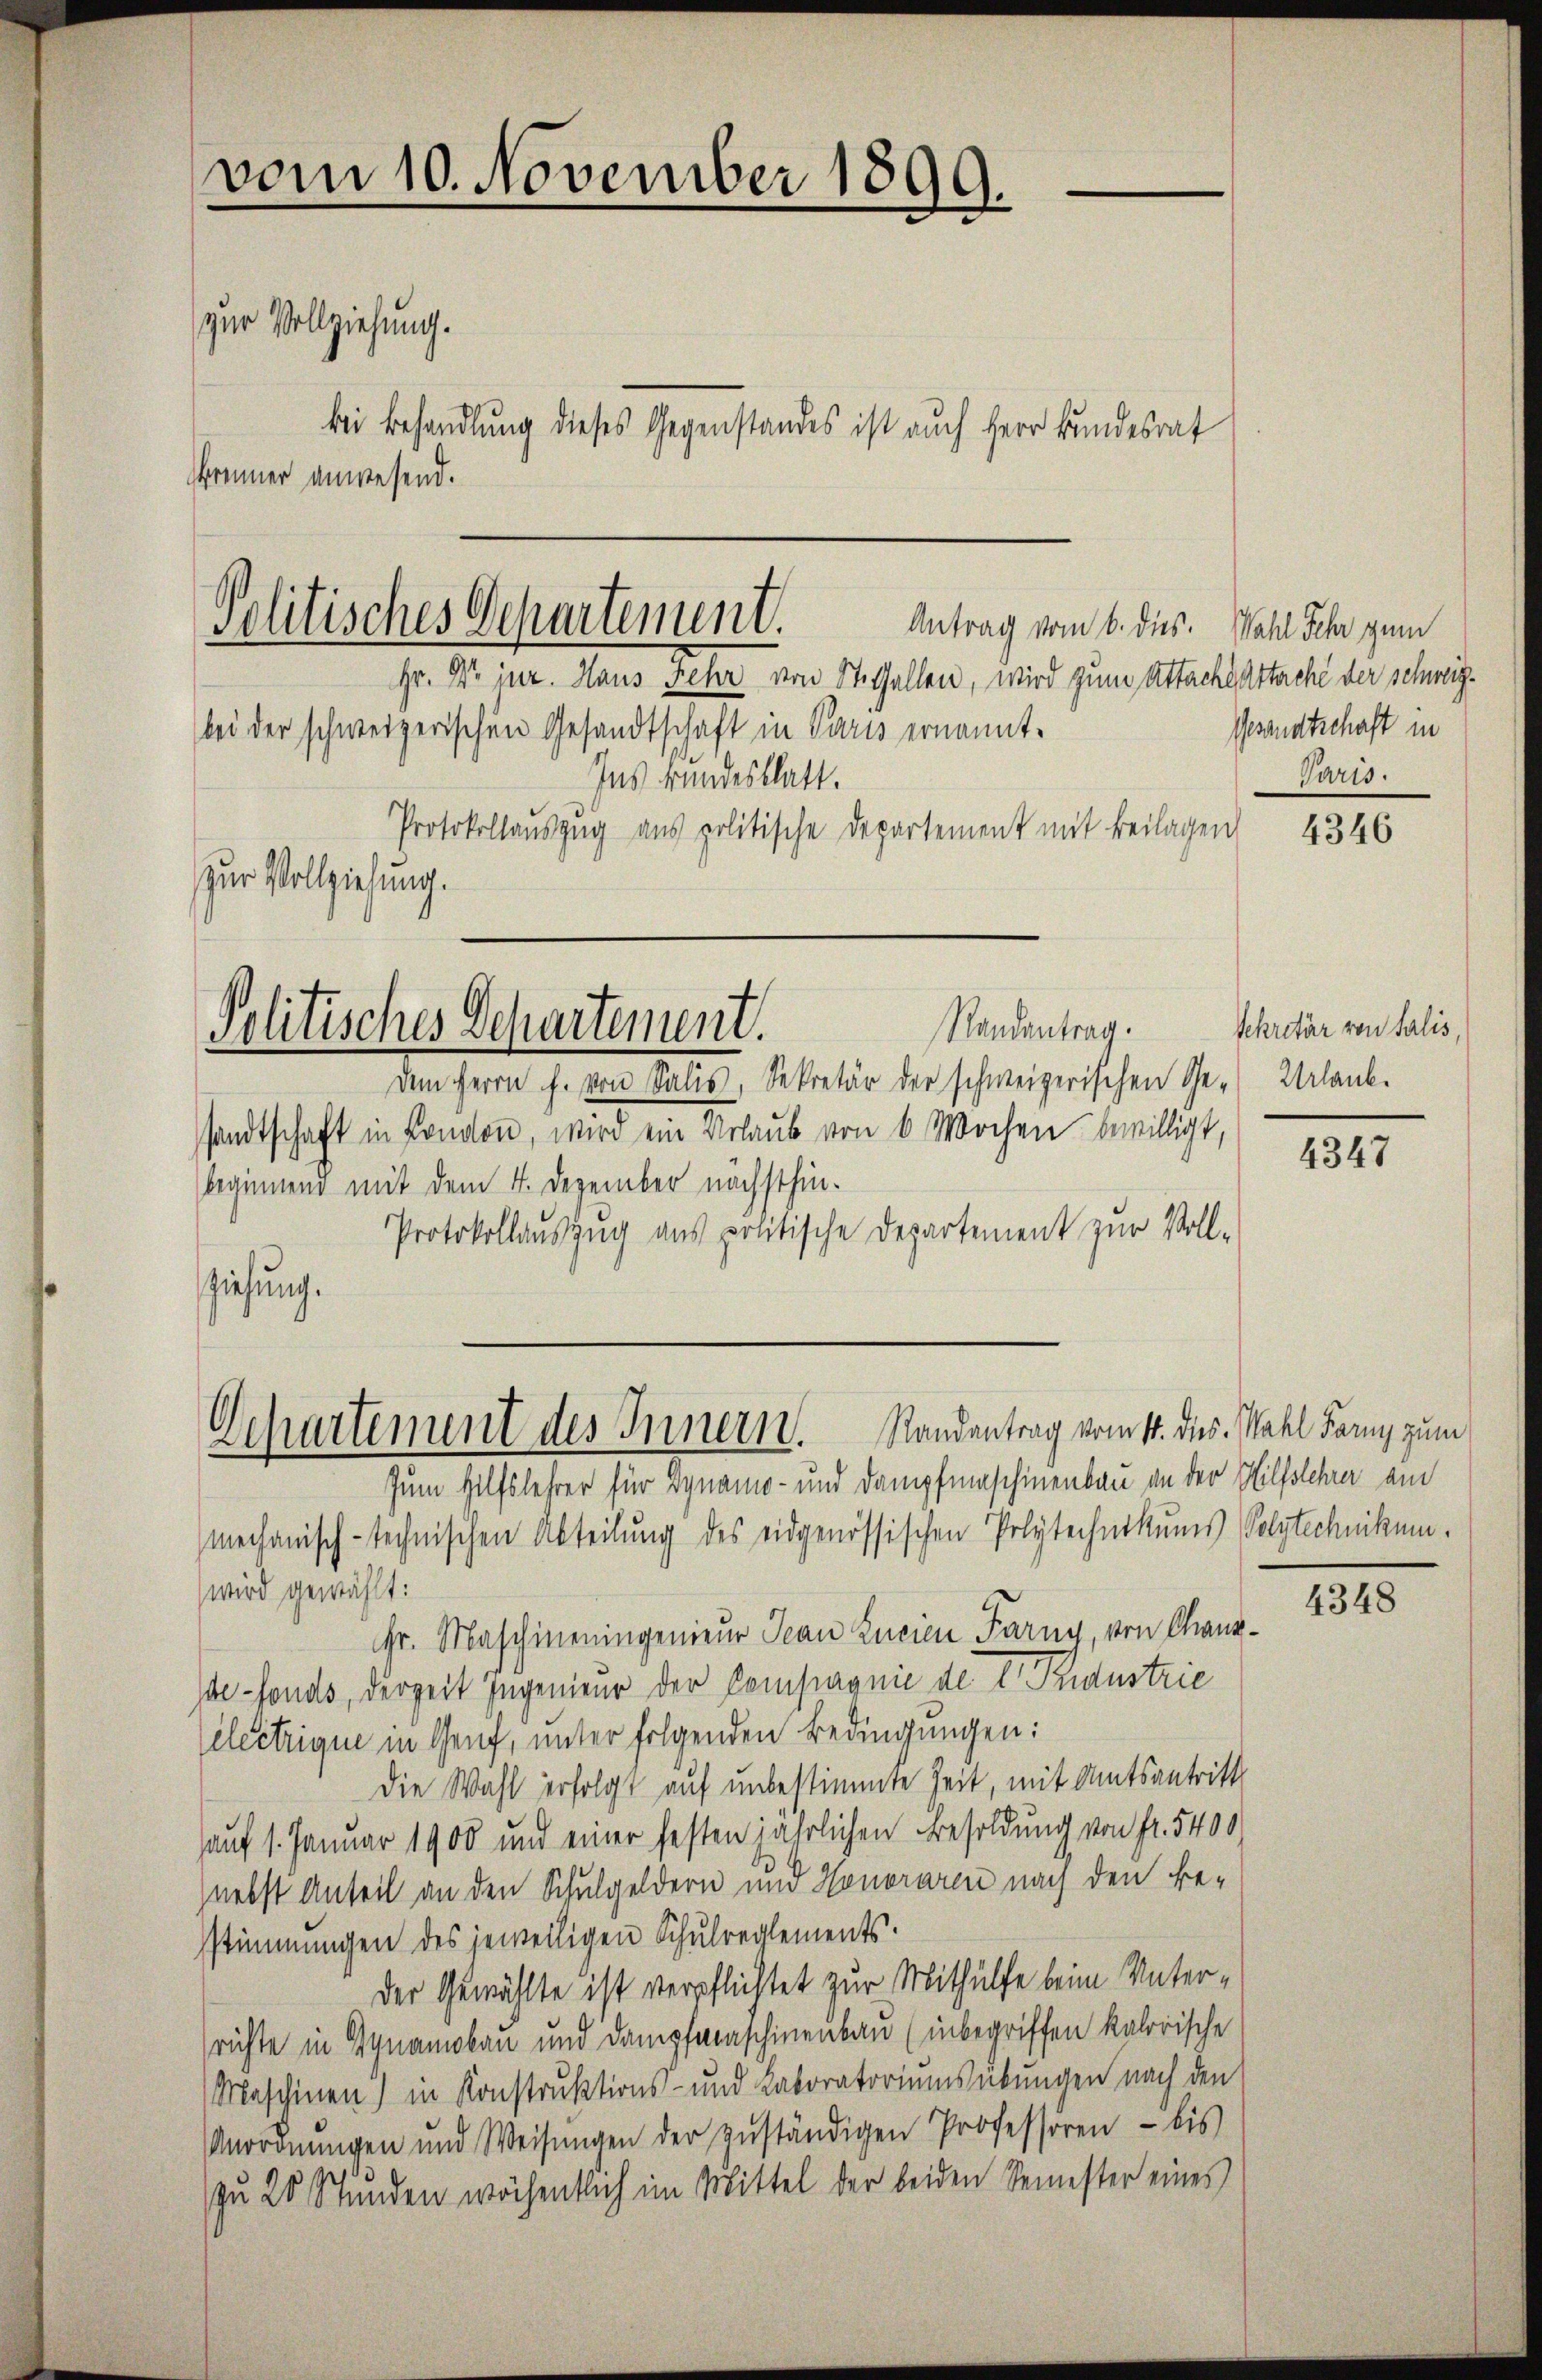
vom 10. November 1899.

zur Vollziehung.

Politisches Departement.
Antrag vom 6. dies. Wahl Sehr zum

Hr. Dr jur. Haus Fehr von St. Gallen, wird zum Attacht Attache der schweizbei der schweizerischen Gesandtschaft in Paris ernannt.
Ins kundesblatt.
Protokollauszug aus politische Departement mit Beilagen
zur Vollziehung.

bei Behandlung dieses Gegenstandes ist auch Herr Bundesrat
ommer anwesend.

Randantrag.
Politisches Departement.

Departement des Innern. Randantrag vom 11. dies. Wahl Fanny zum

Gesandtschaft in
Paris.

Dem Herrn f. von Salis, Sekretär der schweizerischen Ge-
sandtschaft in London, wird ein erlaub von 6 Wochen bewilligt,
beginnend mit dem 4. Dezember nächsthin-
Protokollauszug aus politische Departement zur Vollziehung.

Zum Hilfslehrer für Dynamo- und Dampfmaschinenbau an der Hilfslehrer am
mechanisch-technischen Abteilung des eidgenössischen Polytechnikums Polytechnikum.
wird gewählt:
r. Maschineningenieur Jean Curie Farny, von Canz¬
Ide-Fonds, derzeit Ingenieur der Compagnie de V. Paustrie
Zelectrique in Genf, unter folgenden Bedingungen:
Die Wahl erfolgt auf unbestimmte Zeit, mit Amtsantritt
(auf 1. Januar 1900 und einer festen jährlichen Besoldung von fr. 5400
nebst Anteil an den Schulgeldern und Honoraren nach den Bestimmungen des jeweiligen Schulreglements
Der Gewählte ist verpflichtet zur Mithülfe beim Unterrichte in Synamobau und Dampfmaschinenbau (inbegriffen kalorische
Maschinen) in Konstruktions- und Laboratoriumsübungen nach den
Anordnŭngen und Weisŭngen der zŭständigen Professoren - bis
zu 25 Stunden wöchentlich im Mittel der beiden Semester eines

4346

Sekretär von Salis,
Urlaub.

4347

4348